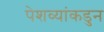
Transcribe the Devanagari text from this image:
पेशव्यांकडुन